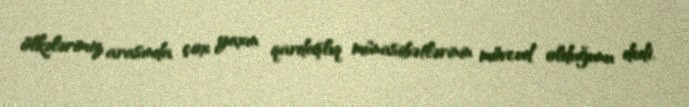
ölkələrimiz arasında çox yaxın qardaşlıq münasibətlərinin mövcud olduğunu dedi.